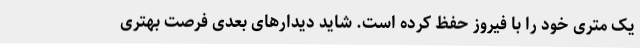
یک متری خود را با فیروز حفظ کرده است. شاید دیدارهای بعدی فرصت بهتری